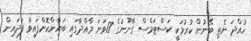
ހުއްދަ ނެތި ބޭނުން ކުރުމަކީ ކަސްޓަމްސް ގާނޫނުގެ 17ވަނަ މާއްދާގައި ބަޔާންކޮށްފައިވާ ފަދައިން